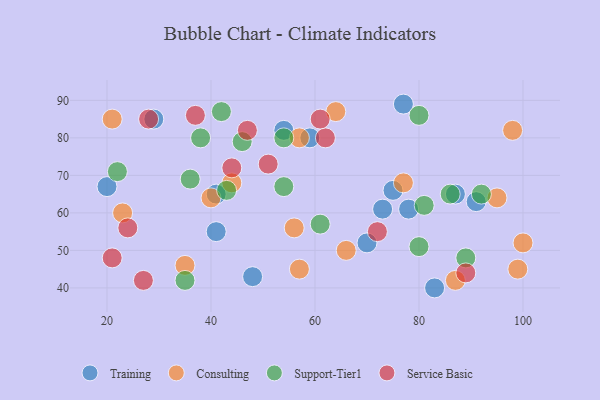
{"axis": {"x": "GDP", "y": "Life Expectancy"}, "legend": ["Consulting", "Service Basic", "Support-Tier1", "Training"], "data": [{"x": "41", "y": 65, "type": "Training"}, {"x": "54", "y": 82, "type": "Training"}, {"x": "29", "y": 85, "type": "Training"}, {"x": "75", "y": 66, "type": "Training"}, {"x": "78", "y": 61, "type": "Training"}, {"x": "41", "y": 55, "type": "Training"}, {"x": "73", "y": 61, "type": "Training"}, {"x": "59", "y": 80, "type": "Training"}, {"x": "83", "y": 40, "type": "Training"}, {"x": "48", "y": 43, "type": "Training"}, {"x": "91", "y": 63, "type": "Training"}, {"x": "70", "y": 52, "type": "Training"}, {"x": "87", "y": 65, "type": "Training"}, {"x": "77", "y": 89, "type": "Training"}, {"x": "20", "y": 67, "type": "Training"}, {"x": "64", "y": 87, "type": "Consulting"}, {"x": "44", "y": 68, "type": "Consulting"}, {"x": "95", "y": 64, "type": "Consulting"}, {"x": "66", "y": 50, "type": "Consulting"}, {"x": "100", "y": 52, "type": "Consulting"}, {"x": "56", "y": 56, "type": "Consulting"}, {"x": "87", "y": 42, "type": "Consulting"}, {"x": "98", "y": 82, "type": "Consulting"}, {"x": "21", "y": 85, "type": "Consulting"}, {"x": "23", "y": 60, "type": "Consulting"}, {"x": "99", "y": 45, "type": "Consulting"}, {"x": "77", "y": 68, "type": "Consulting"}, {"x": "35", "y": 46, "type": "Consulting"}, {"x": "57", "y": 45, "type": "Consulting"}, {"x": "40", "y": 64, "type": "Consulting"}, {"x": "57", "y": 80, "type": "Consulting"}, {"x": "89", "y": 48, "type": "Support-Tier1"}, {"x": "42", "y": 87, "type": "Support-Tier1"}, {"x": "43", "y": 66, "type": "Support-Tier1"}, {"x": "35", "y": 42, "type": "Support-Tier1"}, {"x": "54", "y": 80, "type": "Support-Tier1"}, {"x": "38", "y": 80, "type": "Support-Tier1"}, {"x": "61", "y": 57, "type": "Support-Tier1"}, {"x": "80", "y": 86, "type": "Support-Tier1"}, {"x": "22", "y": 71, "type": "Support-Tier1"}, {"x": "81", "y": 62, "type": "Support-Tier1"}, {"x": "86", "y": 65, "type": "Support-Tier1"}, {"x": "92", "y": 65, "type": "Support-Tier1"}, {"x": "46", "y": 79, "type": "Support-Tier1"}, {"x": "54", "y": 67, "type": "Support-Tier1"}, {"x": "80", "y": 51, "type": "Support-Tier1"}, {"x": "36", "y": 69, "type": "Support-Tier1"}, {"x": "21", "y": 48, "type": "Service Basic"}, {"x": "24", "y": 56, "type": "Service Basic"}, {"x": "72", "y": 55, "type": "Service Basic"}, {"x": "51", "y": 73, "type": "Service Basic"}, {"x": "37", "y": 86, "type": "Service Basic"}, {"x": "44", "y": 72, "type": "Service Basic"}, {"x": "28", "y": 85, "type": "Service Basic"}, {"x": "62", "y": 80, "type": "Service Basic"}, {"x": "47", "y": 82, "type": "Service Basic"}, {"x": "89", "y": 44, "type": "Service Basic"}, {"x": "27", "y": 42, "type": "Service Basic"}, {"x": "61", "y": 85, "type": "Service Basic"}]}